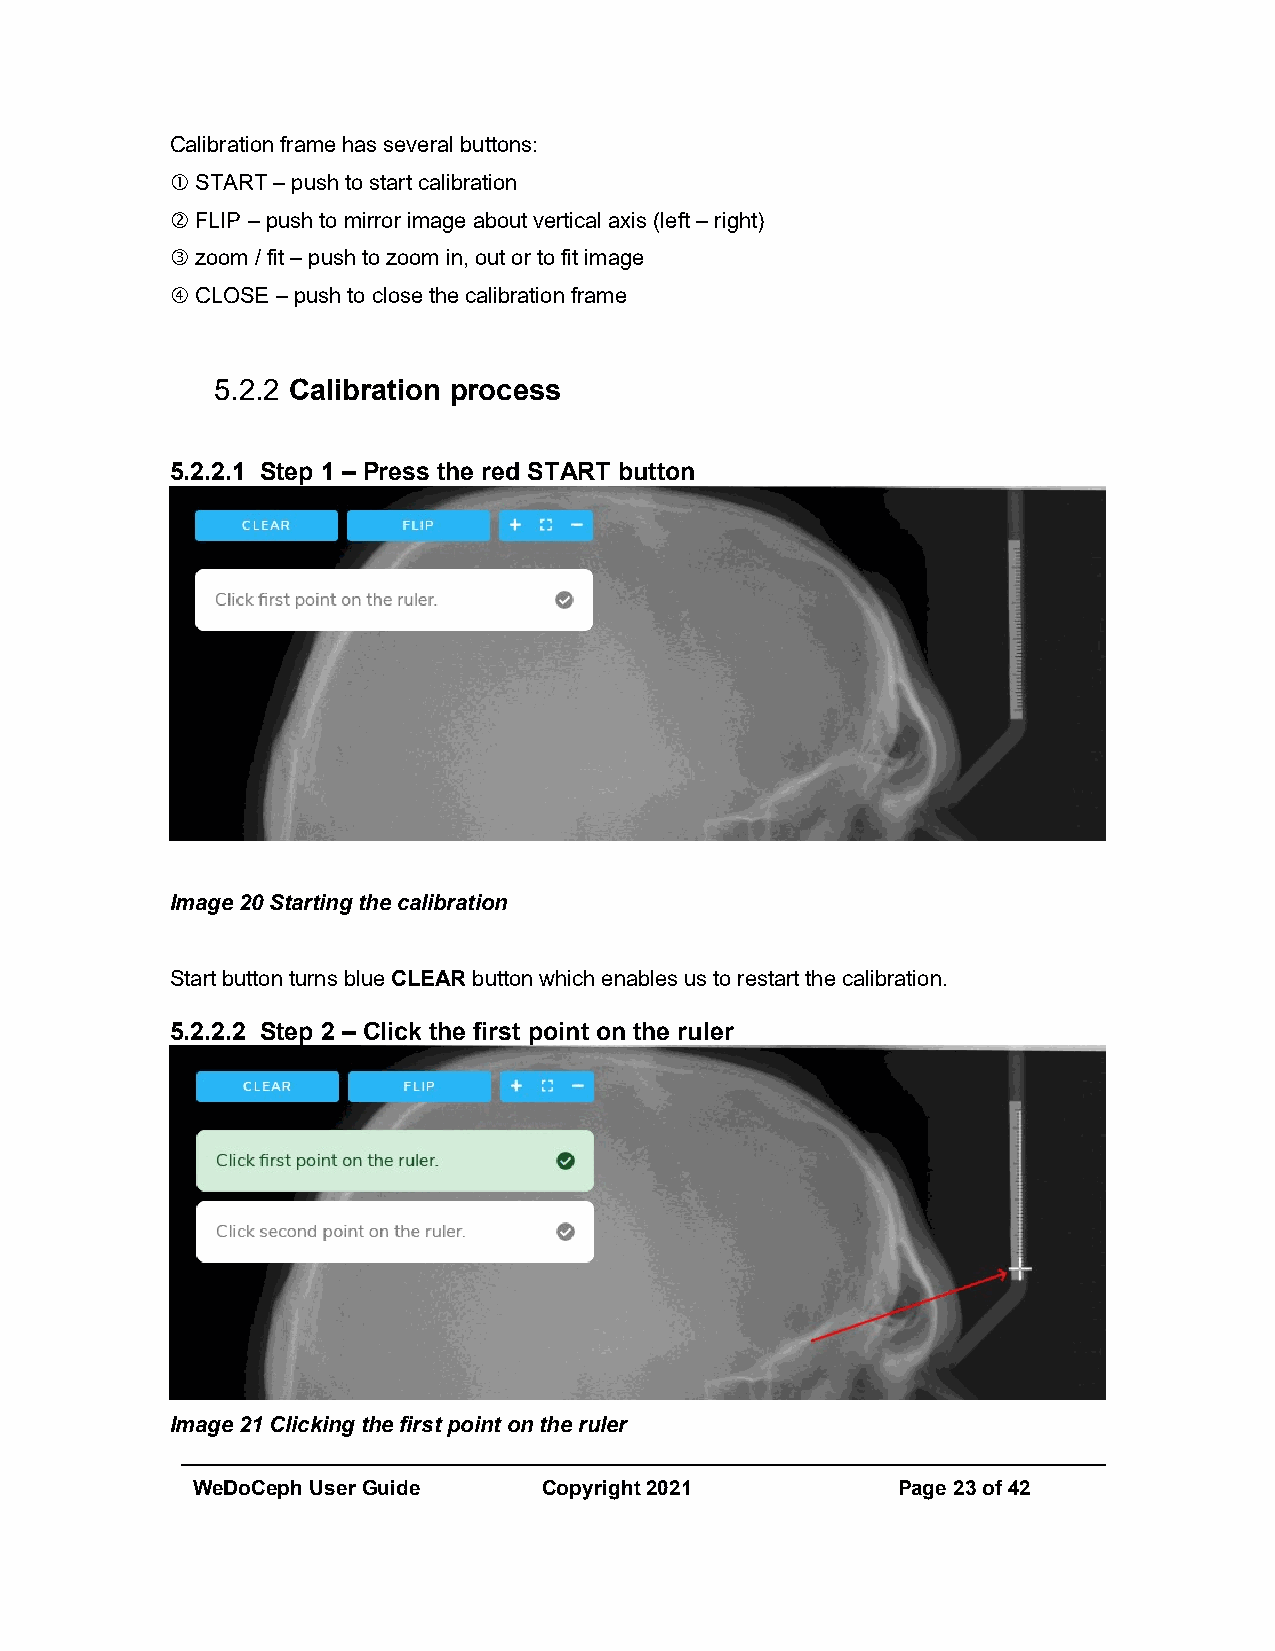
Calibration frame has several buttons:
  START – push to start calibration
  FLIP – push to mirror image about vertical axis (left – right)
  zoom / fit – push to zoom in, out or to fit image
  CLOSE – push to close the calibration frame
 5.2.2 Calibration process
 5.2.2.1 Step 1 – Press the red START button
 Image 20 Starting the calibration
 Start button turns blue CLEAR button which enables us to restart the calibration.
 5.2.2.2 Step 2 – Click the first point on the ruler
 Image 21 Clicking the first point on the ruler
 WeDoCeph User Guide    Copyright 2021         Page 23 of 42